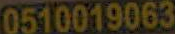
0510019063